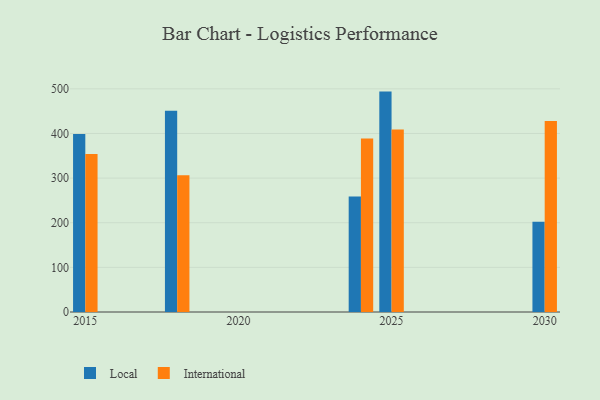
{"axis": {"x": "Year", "y": "Backlog"}, "legend": ["International", "Local"], "data": [{"x": "2025", "y": 493.8, "type": "Local"}, {"x": "2025", "y": 409.1, "type": "International"}, {"x": "2015", "y": 398.7, "type": "Local"}, {"x": "2015", "y": 353.8, "type": "International"}, {"x": "2030", "y": 202.3, "type": "Local"}, {"x": "2030", "y": 427.7, "type": "International"}, {"x": "2024", "y": 258.5, "type": "Local"}, {"x": "2024", "y": 389.0, "type": "International"}, {"x": "2018", "y": 451.0, "type": "Local"}, {"x": "2018", "y": 306.3, "type": "International"}]}